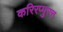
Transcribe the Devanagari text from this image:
करिरप्पुरत्त